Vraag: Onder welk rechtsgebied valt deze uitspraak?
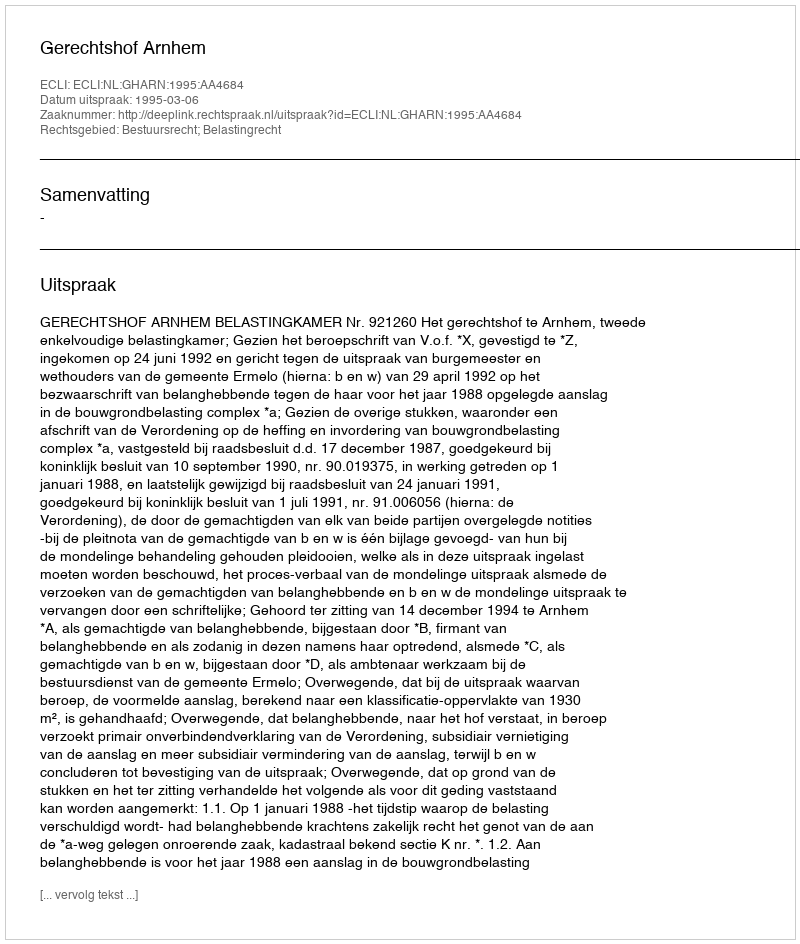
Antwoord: Bestuursrecht; Belastingrecht